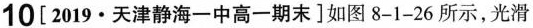
10 [2019.天津静海一中高一期末]如图8-1-26所示，光滑